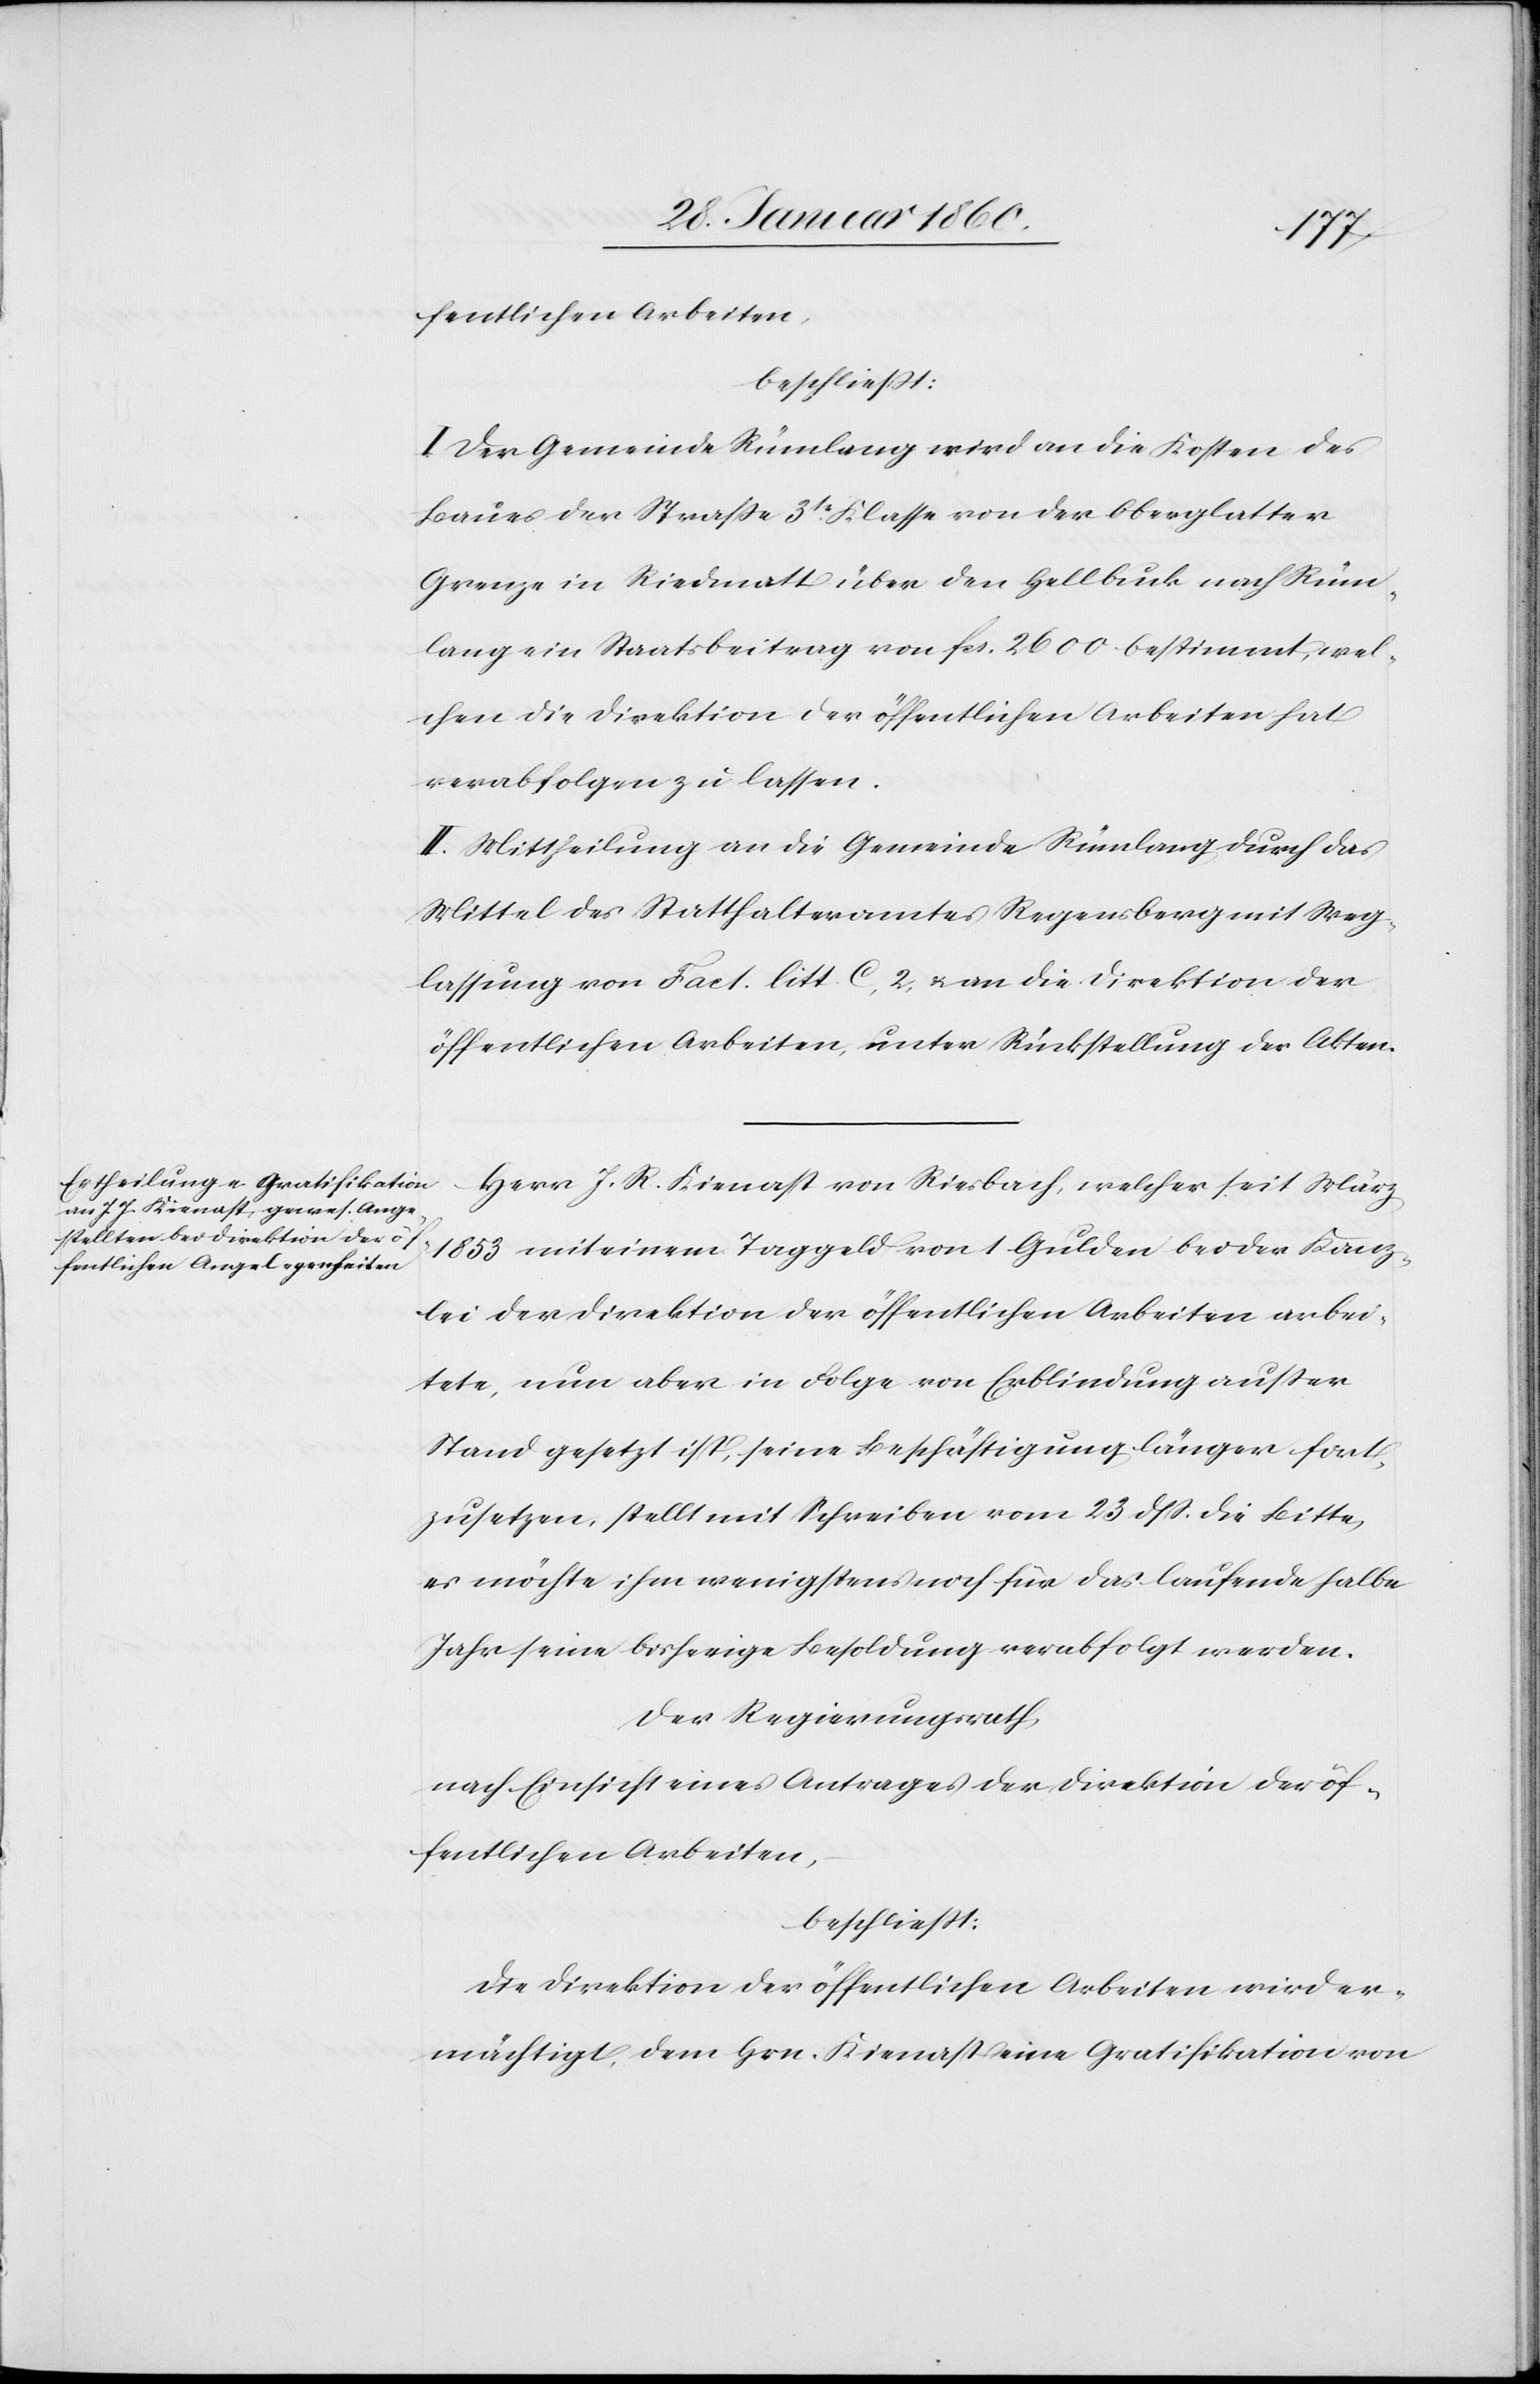
I. Der Gemeinde Rümlang wird an die Kosten des
Baues der Strasse 3tr Klasse von der Oberglatter
Grenze in Riedmatt über den Hellbuck nach Rüm¬
lang ein Staatsbeitrag von fcs. 2600. bestimmt, wel¬
chen die Direktion der öffentlichen Arbeiten hat
verabfolgen zu lassen.
II. Mittheilung an die Gemeinde Rümlang durch das
Mittel des Statthalteramtes Regensberg mit Weg¬
lassung von Fact. litt. C. 2. u. an die Direktion der
öffentlichen Arbeiten, unter Rückstellung der Akten.
Herrn J. R. Kienast [sic!] von Riesbach, welcher seit März
1853 mit einem Taggeld von 1. Gulden bei der Kanz¬
lei der Direktion der öffentlichen Arbeiten arbei¬
tete, nun aber in Folge von Erblindung außer
Stand gesetzt ist, seine Beschäftigung länger fort¬
zusetzen, stellt mit Schreiben vom 23. ds. die Bitte,
es möchte ihm wenigstens noch für das laufende halbe
Jahr seine bisherige Besoldung verabfolgt werden.
Der Regierungsrath,
nach Einsicht eines Antrages der Direktion der öf¬
fentlichen Arbeiten,
beschliesst:
Die Direktion der öffentlichen Arbeiten wird er¬
mächtigt, dem Hrn. Kienast eine Gratifikation von